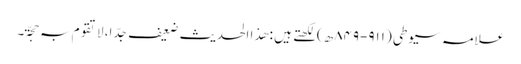
علامہ سیوطی (۹۱۱-۸۴۹ھ)لکھتے ہیں : ھذا الحدیث ضعیف جدّ ا، لاتقوم بہ حجّۃ۔